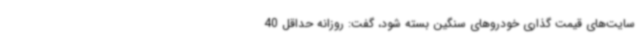
سایت‌های قیمت گذاری خودروهای سنگین بسته شود، گفت: روزانه حداقل 40